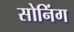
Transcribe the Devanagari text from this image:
सोनिंग